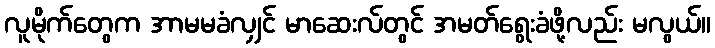
လူမိုက်တွေက အာမမခံလျှင် မာဆေးလ်တွင် အမတ်ရွေးခံဖို့လည်း မလွယ်။